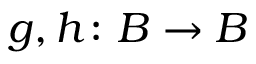
g , h \colon B \to B